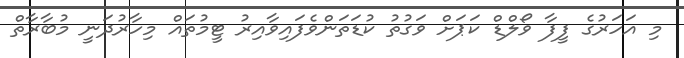
މި އަހަރުގެ ފީފާ ވޯލްޑް ކަޕަށް ވަގުތު ކުޑަތަންވެފައިވާއިރު ޓީމުތައް މިހާރުދަނީ މުބާރާތް